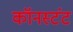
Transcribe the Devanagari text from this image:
कॉनस्टंट